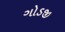
ગોડજી